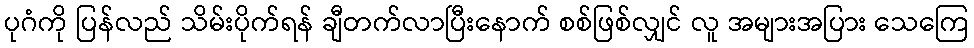
ပုဂံကို ပြန်လည် သိမ်းပိုက်ရန် ချီတက်လာပြီးနောက် စစ်ဖြစ်လျှင် လူ အများအပြား သေကြေ